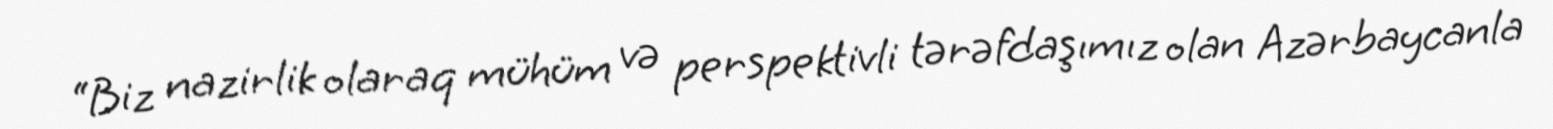
“Biz nazirlik olaraq mühüm və perspektivli tərəfdaşımız olan Azərbaycanla